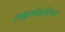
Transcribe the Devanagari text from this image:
लक्षणीयरित्या